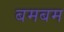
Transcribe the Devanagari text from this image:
बमबम